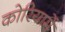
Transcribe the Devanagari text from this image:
कोरियामें